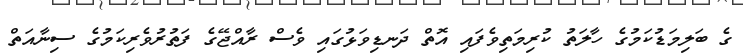
ގެ ބަލިމަޑުކަމުގެ ހާލަތު ކުރިމަތިވެފައި އޮތް ދަނޑިވަޅުގައި ވެސް ރާއްޖޭގެ ފަތުރުވެރިކަމުގެ ސިނާއަތް